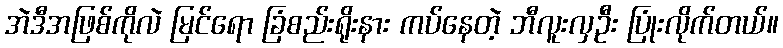
အဲဒီအဖြစ်ကိုလဲ မြင်ရော ခြံစည်းရိုးနား ကပ်နေတဲ့ ဘီလူးလှဦး ပြုံးလိုက်တယ်။